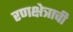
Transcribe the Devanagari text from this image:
रणक्षेत्राची